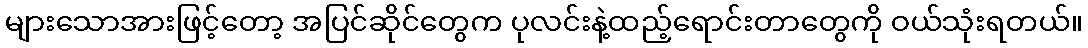
များသောအားဖြင့်တော့ အပြင်ဆိုင်တွေက ပုလင်းနဲ့ထည့်ရောင်းတာတွေကို ဝယ်သုံးရတယ်။